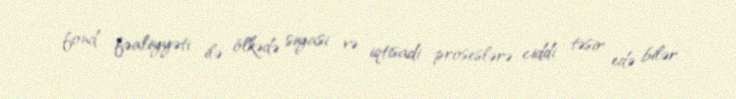
fond fəaliyyəti ilə ölkədə siyasi və iqtisadi proseslərə ciddi təsir edə bilər.